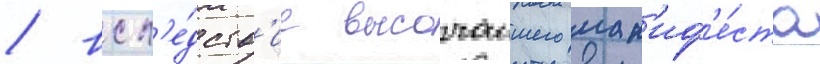
/ всл'е́дств'ие высочаишего ман'иф'е́ста